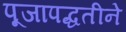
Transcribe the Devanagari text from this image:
पूजापद्धतीने